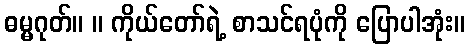
ဓမ္မဂုတ်။ ။ ကိုယ်တော်ရဲ့ စာသင်ရပုံကို ပြောပါအုံး။